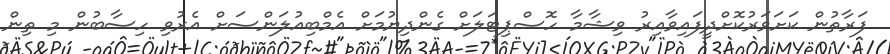
ފަރާތުން ކަށަވަރުކޮށްދީފައިވާއިރު ވިޝާމާ ހޮސްޕިޓަލަށް ގެންދިޔުމަށް އެމްބިއުލަންސަށް އެރުވި ހިސާބުން މި ތިން